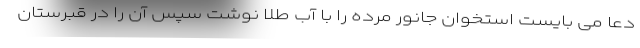
دعا می بایست استخوان جانور مرده را با آب طلا نوشت سپس آن را در قبرستان